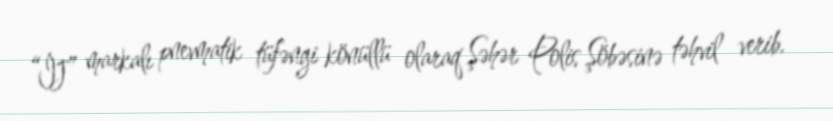
“İJ” markalı pnevmatik tüfəngi könüllü olaraq Şəhər Polis Şöbəsinə təhvil verib.